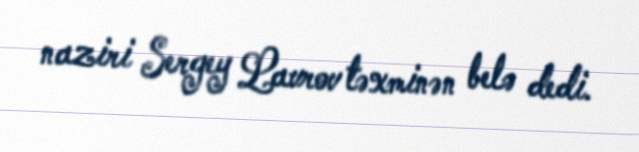
naziri Sergey Lavrov təxminən belə dedi.